Rangoon Lunatic Asylum 1878-1892 - 1878-1892
Year: 1878
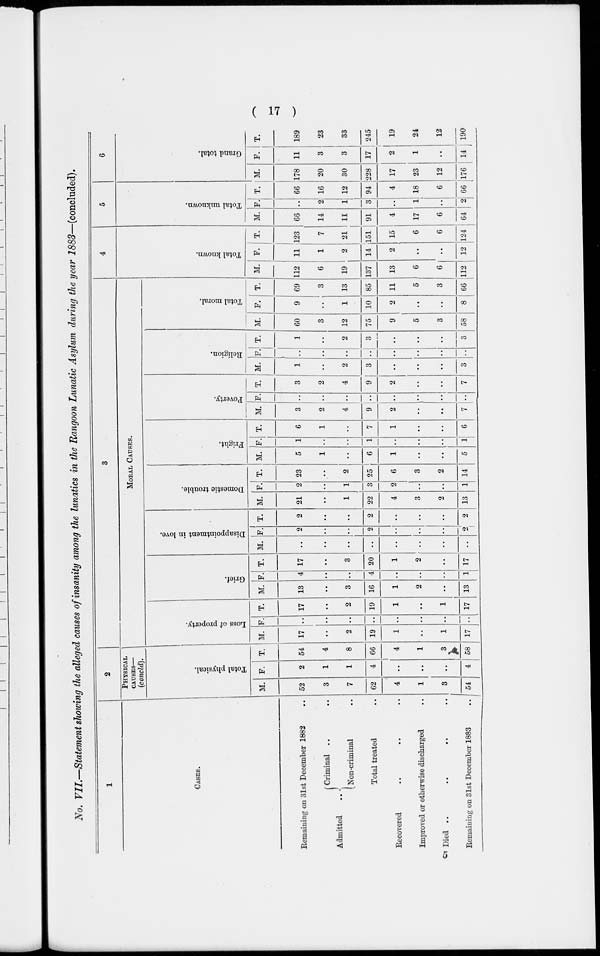
( 17 )
No. VII.—Statement showing the alleged causes of insanity among the lunatics in the Rangoon Lunatic Asylum during the year 1883—(concluded).
1
CASES.
Remaining on 31st December 1882 ..
Admitted ..
Criminal .. ..
Non-criminal ..
Total treated ..
Recovered .. .. ..
Improved or otherwise discharged ..
Died .. .. .. ..
Remaining on 31st December 1883 ..
2
PHYSICAL
CAUSES—
(concld).
Total physical.
M.
52
3
7
62
4
1
3
54
F.
2
1
1
4
..
..
..
4
T.
54
4
8
66
4
1
3
58
3
MORAL CAUSES.
Loss of property.
M.
17
..
2
19
1
..
1
17
F.
..
..
..
..
..
..
..
..
T.
17
..
2
19
1
..
1
17
Grief.
M.
13
..
3
16
1
2
..
13
F.
4
..
..
4
..
..
..
1
T.
17
..
3
20
1
2
..
17
Disappointment in love.
M.
..
..
..
..
..
..
..
..
F.
2
..
..
2
..
..
..
2
T.
2
..
..
2
..
..
..
2
Domestic trouble.
M.
21
..
1
22
4
3
2
13
F.
2
..
1
3
2
..
..
1
T.
23
..
2
25
6
3
2
14
Fright.
M.
5
1
..
6
1
..
..
5
F.
1
..
..
1
..
..
..
1
T.
6
1
..
7
1
..
..
6
Poverty.
M.
3
2
4
9
2
..
..
7
F.
..
..
..
..
..
..
..
..
T.
3
2
4
9
2
..
..
7
Religion.
M.
1
..
2
3
..
..
..
3
F.
..
..
..
..
..
..
..
..
T.
1
..
2
3
..
..
..
3
Total moral.
M.
60
3
12
75
9
5
3
58
F.
9
..
1
10
2
..
..
8
T.
69
3
13
85
11
5
3
66
4
Total known.
M.
112
6
19
137
13
6
6
112
F.
11
1
2
14
2
..
..
12
T.
123
7
21
151
15
6
6
124
5
Total unknown.
M.
66
14
11
91
4
17
6
64
F.
..
2
1
3
..
1
..
2
T.
66
16
12
94
4
18
6
66
6
Grand total.
M.
178
20
30
228
17
23
12
176
F.
11
3
3
17
2
1
..
14
T.
189
23
33
245
19
24
12
190
5